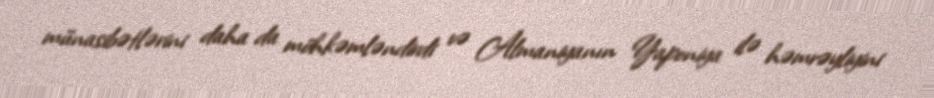
münasibətlərini daha da möhkəmləndirdi və Almaniyanın Yaponiya ilə həmrəyliyini